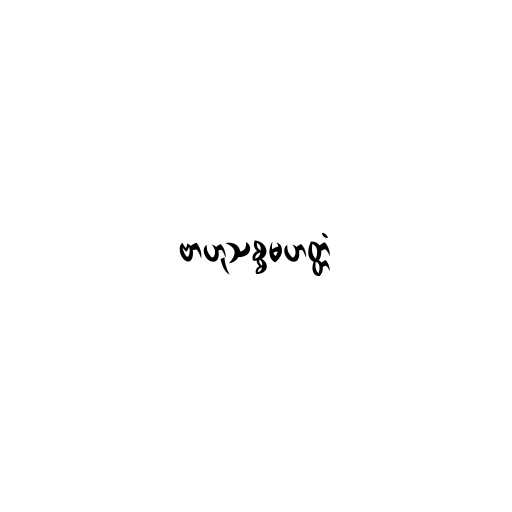
ဗာဟုသစ္စမဟတ္တံ